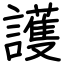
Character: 護